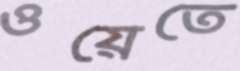
ওয়েতে